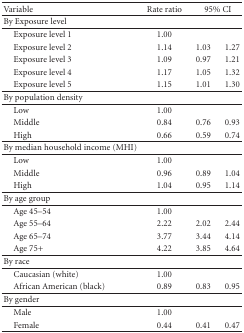
<table><thead><tr><td><b> Variable</b></td><td><b>Rate ratio</b></td><td colspan="2"><b>95% CI</b></td></tr><tr><td><b>By Exposure level</b></td><td>[EMPTY_CELL]</td><td>[EMPTY_CELL]</td><td>[EMPTY_CELL]</td></tr></thead><tbody><tr><td>Exposure level 1</td><td>1.00</td><td>[EMPTY_CELL]</td><td>[EMPTY_CELL]</td></tr><tr><td>Exposure level 2</td><td>1.14</td><td>1.03</td><td>1.27</td></tr><tr><td>Exposure level 3</td><td>1.09</td><td>0.97</td><td>1.21</td></tr><tr><td>Exposure level 4</td><td>1.17</td><td>1.05</td><td>1.32</td></tr><tr><td>Exposure level 5</td><td>1.15</td><td>1.01</td><td>1.30</td></tr><tr><td>By population density</td><td>[EMPTY_CELL]</td><td>[EMPTY_CELL]</td><td>[EMPTY_CELL]</td></tr><tr><td> Low</td><td>1.00</td><td>[EMPTY_CELL]</td><td>[EMPTY_CELL]</td></tr><tr><td> Middle</td><td>0.84</td><td>0.76</td><td>0.93</td></tr><tr><td> High</td><td>0.66</td><td>0.59</td><td>0.74</td></tr><tr><td>By median household income (MHI)</td><td>[EMPTY_CELL]</td><td>[EMPTY_CELL]</td><td>[EMPTY_CELL]</td></tr><tr><td> Low</td><td>1.00</td><td>[EMPTY_CELL]</td><td>[EMPTY_CELL]</td></tr><tr><td> Middle</td><td>0.96</td><td>0.89</td><td>1.04</td></tr><tr><td> High</td><td>1.04</td><td>0.95</td><td>1.14</td></tr><tr><td>By age group</td><td>[EMPTY_CELL]</td><td>[EMPTY_CELL]</td><td>[EMPTY_CELL]</td></tr><tr><td> Age 45–54</td><td>1.00</td><td>[EMPTY_CELL]</td><td>[EMPTY_CELL]</td></tr><tr><td> Age 55–64</td><td>2.22</td><td>2.02</td><td>2.44</td></tr><tr><td> Age 65–74</td><td>3.77</td><td>3.44</td><td>4.14</td></tr><tr><td> Age 75+</td><td>4.22</td><td>3.85</td><td>4.64</td></tr><tr><td>By race</td><td>[EMPTY_CELL]</td><td>[EMPTY_CELL]</td><td>[EMPTY_CELL]</td></tr><tr><td> Caucasian (white)</td><td>1.00</td><td>[EMPTY_CELL]</td><td>[EMPTY_CELL]</td></tr><tr><td> African American (black)</td><td>0.89</td><td>0.83</td><td>0.95</td></tr><tr><td>By gender</td><td>[EMPTY_CELL]</td><td>[EMPTY_CELL]</td><td>[EMPTY_CELL]</td></tr><tr><td> Male</td><td>1.00</td><td>[EMPTY_CELL]</td><td>[EMPTY_CELL]</td></tr><tr><td> Female</td><td>0.44</td><td>0.41</td><td>0.47</td></tr></tbody></table>